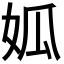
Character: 𡜁